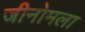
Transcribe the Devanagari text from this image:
जीनोमला